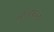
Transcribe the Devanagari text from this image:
सुखफल